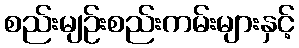
စည်းမျဉ်းစည်းကမ်းများနှင့်